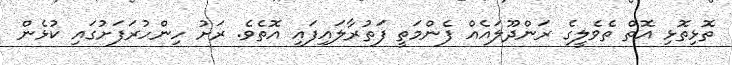
ތޮޅިތޮޅި އޮތް ތެވެލީގެ ރަންދޫލައެއް ފެންމަތީ ފަތުރާލައިފައި އޮތެވެ. ރަށު ހިންހުރަފަށުގައި ކުޅެން